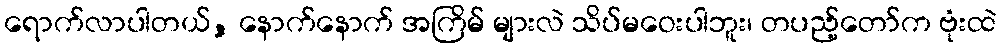
ရောက်လာပါတယ်, နောက်နောက် အကြိမ် များလဲ သိပ်မဝေးပါဘူး၊ တပည့်တော်က ဗုံးထဲ